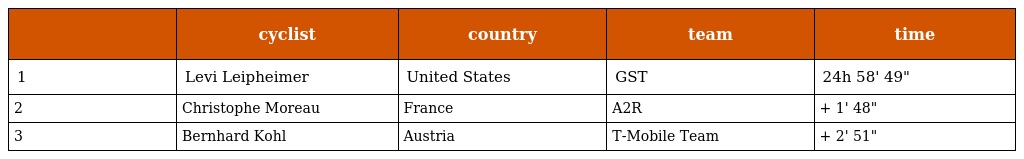
|  | cyclist | country | team | time |
 | --- | --- | --- | --- | --- |
 | 1 | Levi Leipheimer | United States | GST | 24h 58' 49" |
 | 2 | Christophe Moreau | France | A2R | + 1' 48" |
 | 3 | Bernhard Kohl | Austria | T-Mobile Team | + 2' 51" |